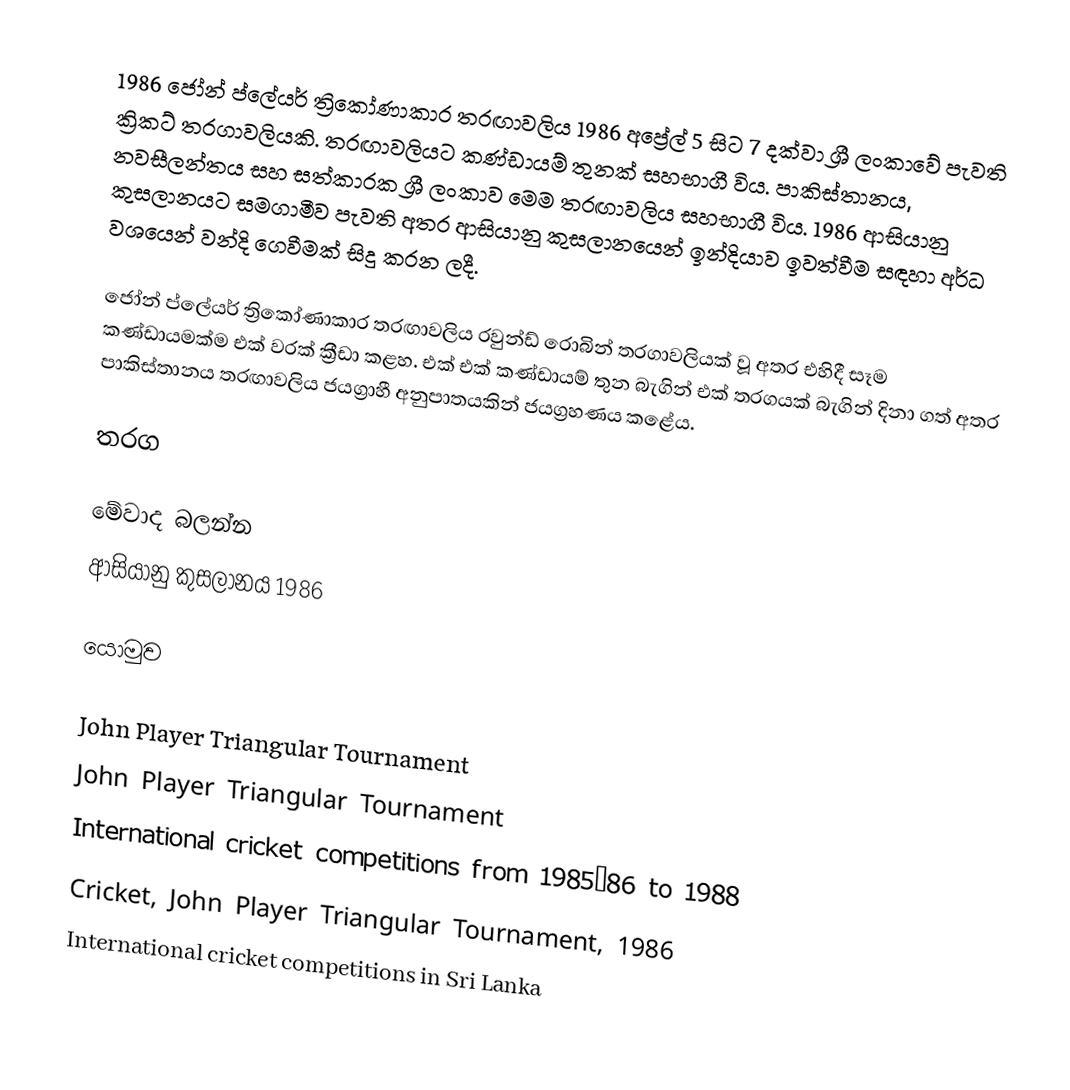
1986 ජෝන් ප්ලේයර් ත්‍රිකෝණාකාර තරඟාවලිය 1986 අප්‍රේල් 5 සිට 7 දක්වා ශ්‍රී ලංකාවේ පැවති ක්‍රිකට් තරගාවලියකි. තරඟාවලියට කණ්ඩායම් තුනක් සහභාගී විය. පාකිස්තානය, නවසීලන්තය සහ සත්කාරක ශ්‍රී ලංකාව මෙම තරඟාවලිය සහභාගී විය. 1986 ආසියානු කුසලානයට සමගාමීව පැවති අතර ආසියානු කුසලානයෙන් ඉන්දියාව ඉවත්වීම සඳහා අර්ධ වශයෙන් වන්දි ගෙවීමක් සිදු කරන ලදී.

ජෝන් ප්ලේයර් ත්‍රිකෝණාකාර තරඟාවලිය රවුන්ඩ් රොබින් තරගාවලියක් වූ අතර එහිදී සෑම කණ්ඩායමක්ම එක් වරක් ක්‍රීඩා කළහ. එක් එක් කණ්ඩායම් තුන බැගින් එක් තරගයක් බැගින් දිනා ගත් අතර පාකිස්තානය තරඟාවලිය ජයග්‍රාහී අනුපාතයකින් ජයග්‍රහණය කළේය.

තරග

මේවාද බලන්න
 ආසියානු කුසලානය 1986

යොමුව

John Player Triangular Tournament
John Player Triangular Tournament
International cricket competitions from 1985–86 to 1988
Cricket, John Player Triangular Tournament, 1986
International cricket competitions in Sri Lanka